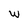
Character: w